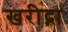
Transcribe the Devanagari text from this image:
खरीद्ना